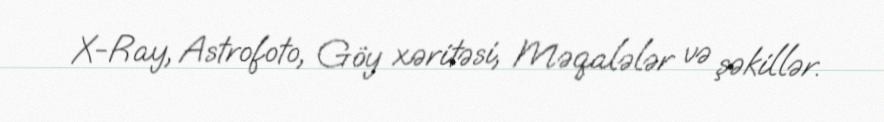
X-Ray, Astrofoto, Göy xəritəsi, Məqalələr və şəkillər.